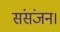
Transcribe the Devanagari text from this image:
संसंजन।